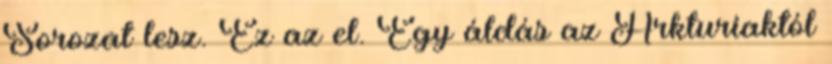
Sorozat lesz. Ez az el. Egy áldás az Arkturiaktól